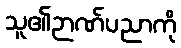
သူ၏ဉာဏ်ပညာကို